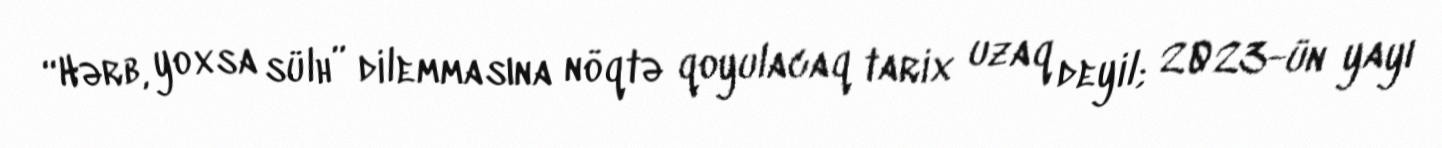
“Hərb, yoxsa sülh” dilemmasına nöqtə qoyulacaq tarix uzaq deyil; 2023-ün yayı